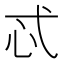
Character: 忒